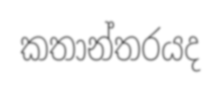
කතාන්තරයද